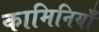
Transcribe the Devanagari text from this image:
कामिनियाँ